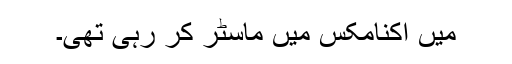
میں اکنامکس میں ماسٹر کر رہی تھی۔